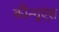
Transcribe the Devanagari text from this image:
कौन्ग्रुएंस